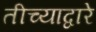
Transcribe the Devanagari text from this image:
तीच्याद्वारे